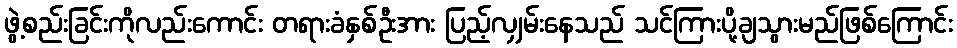
ဖွဲ့စည်းခြင်းကိုလည်းကောင်း တရားခံနှစ်ဦးအား ပြည့်လျှမ်းနေသည် သင်ကြားပို့ချသွားမည်ဖြစ်ကြောင်း